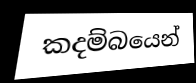
කදම්බයෙන්